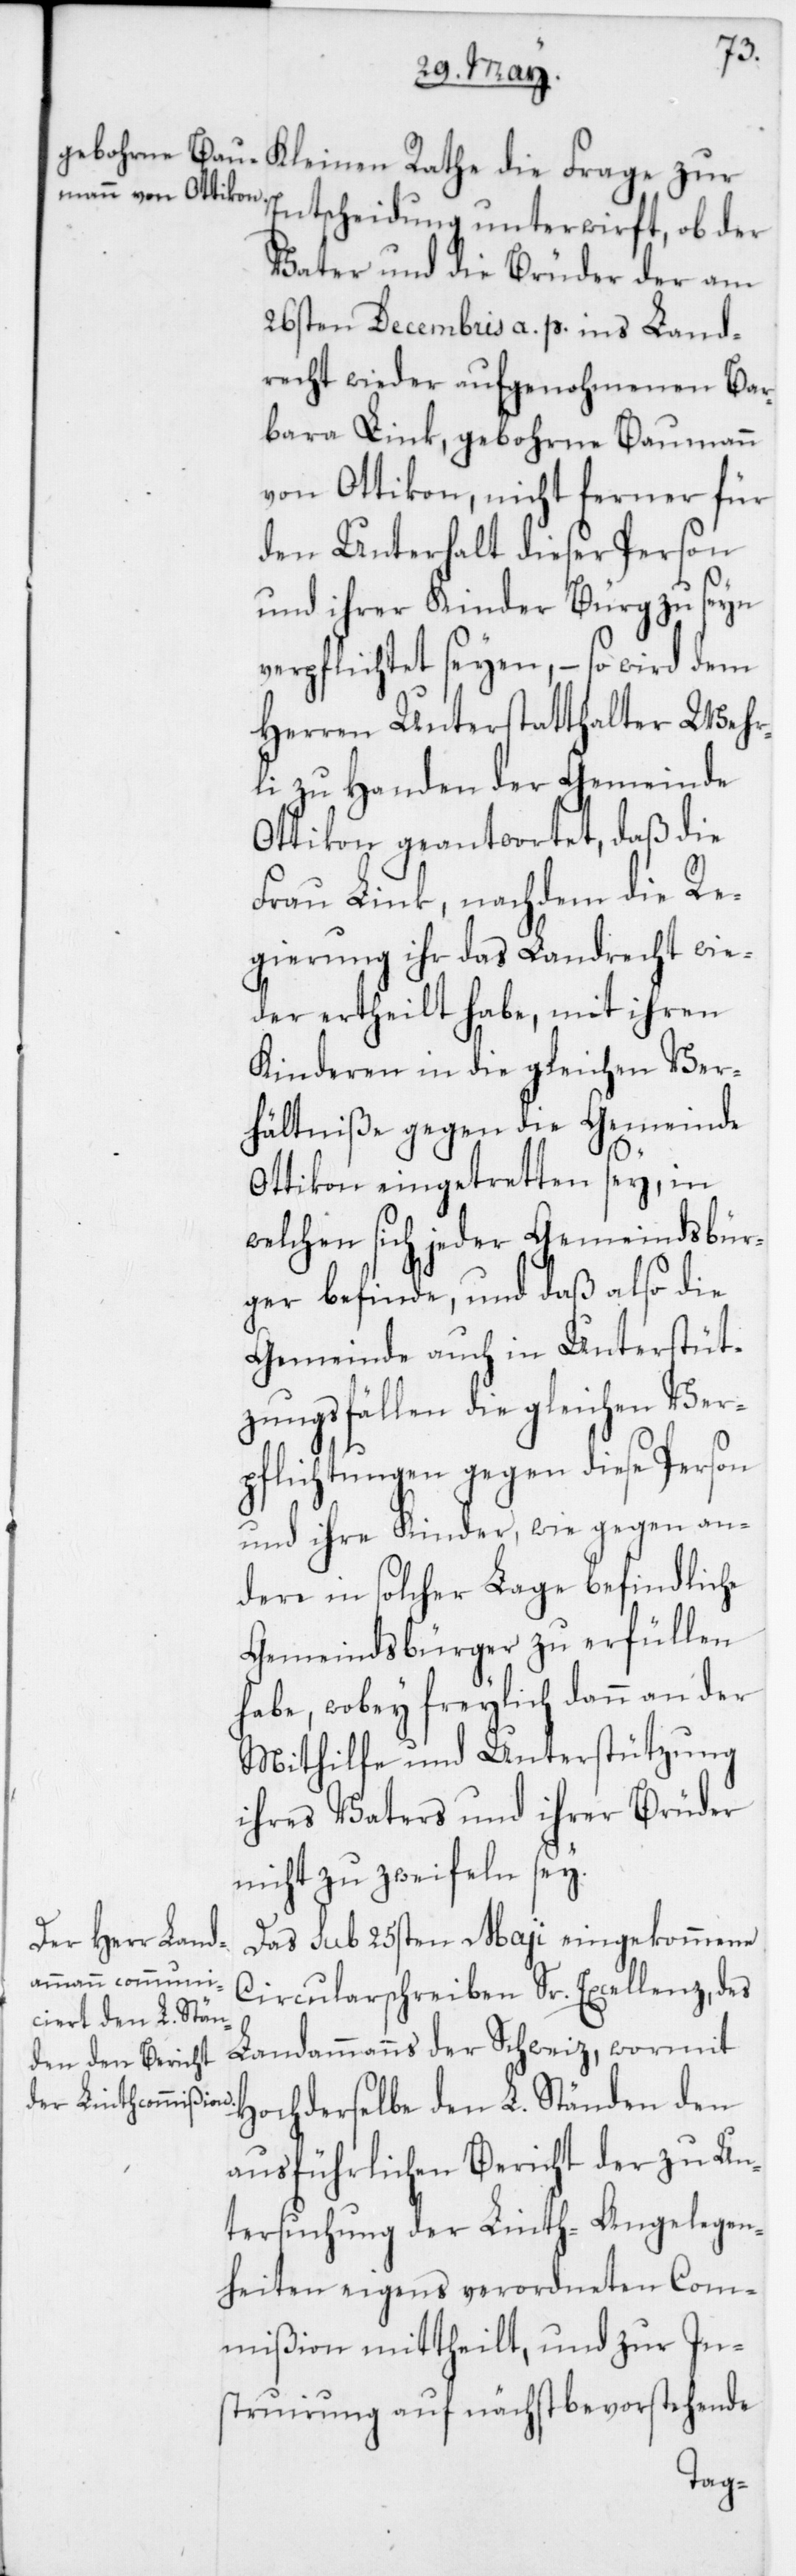
Entscheidung unterwirft, ob der
Vater und die Brüder der am
26sten Decembris a. p. ins Land¬
recht wieder aufgenohmenen Bar¬
bara Link, gebohrne Baumann,
von Ottikon, nicht ferner für
den Unterhalt dieser Person
und ihrer Kinder Bürg zu seyn
verpflichtet seyen, – so wird dem
Herren Unterstatthalter Wehr¬
li zu Handen der Gemeinde
Ottikon geantwortet, daß die
Frau Link, nachdem die Re¬
gierung ihr das Landrecht wie¬
der ertheilt habe, mit ihren
Kinderen in die gleichen Ver¬
hältniße gegen die Gemeinde
Ottikon eingetretten sey, in
welchen sich jeder Gemeindsbür¬
ger befinde, und daß also die
Gemeinde auch in Unterstüt¬
zungsfällen die gleichen Ver¬
pflichtungen gegen diese Person
und ihre Kinder, wie gegen an¬
dere in solcher Lage befindliche
Gemeindsbürger zu erfüllen
habe, wobey freylich dann an der
Mithilfe und Unterstützung
ihres Vaters und ihrer Brüder
nicht zu zweifeln sey.
Das sub 25sten Maji eingekommene
Circularschreiben Sr. Excellenz des
Landammanns der Schweiz, wormit
Hochderselbe den L. Ständen den
ausführlichen Bericht der zu Un¬
tersuchung der Linth-Angelegen¬
heiten eigens verordneten Com¬
mißion mittheilt, und zur In¬
struirung auf nächst bevorstehende
Frage